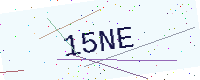
Text: 15NE